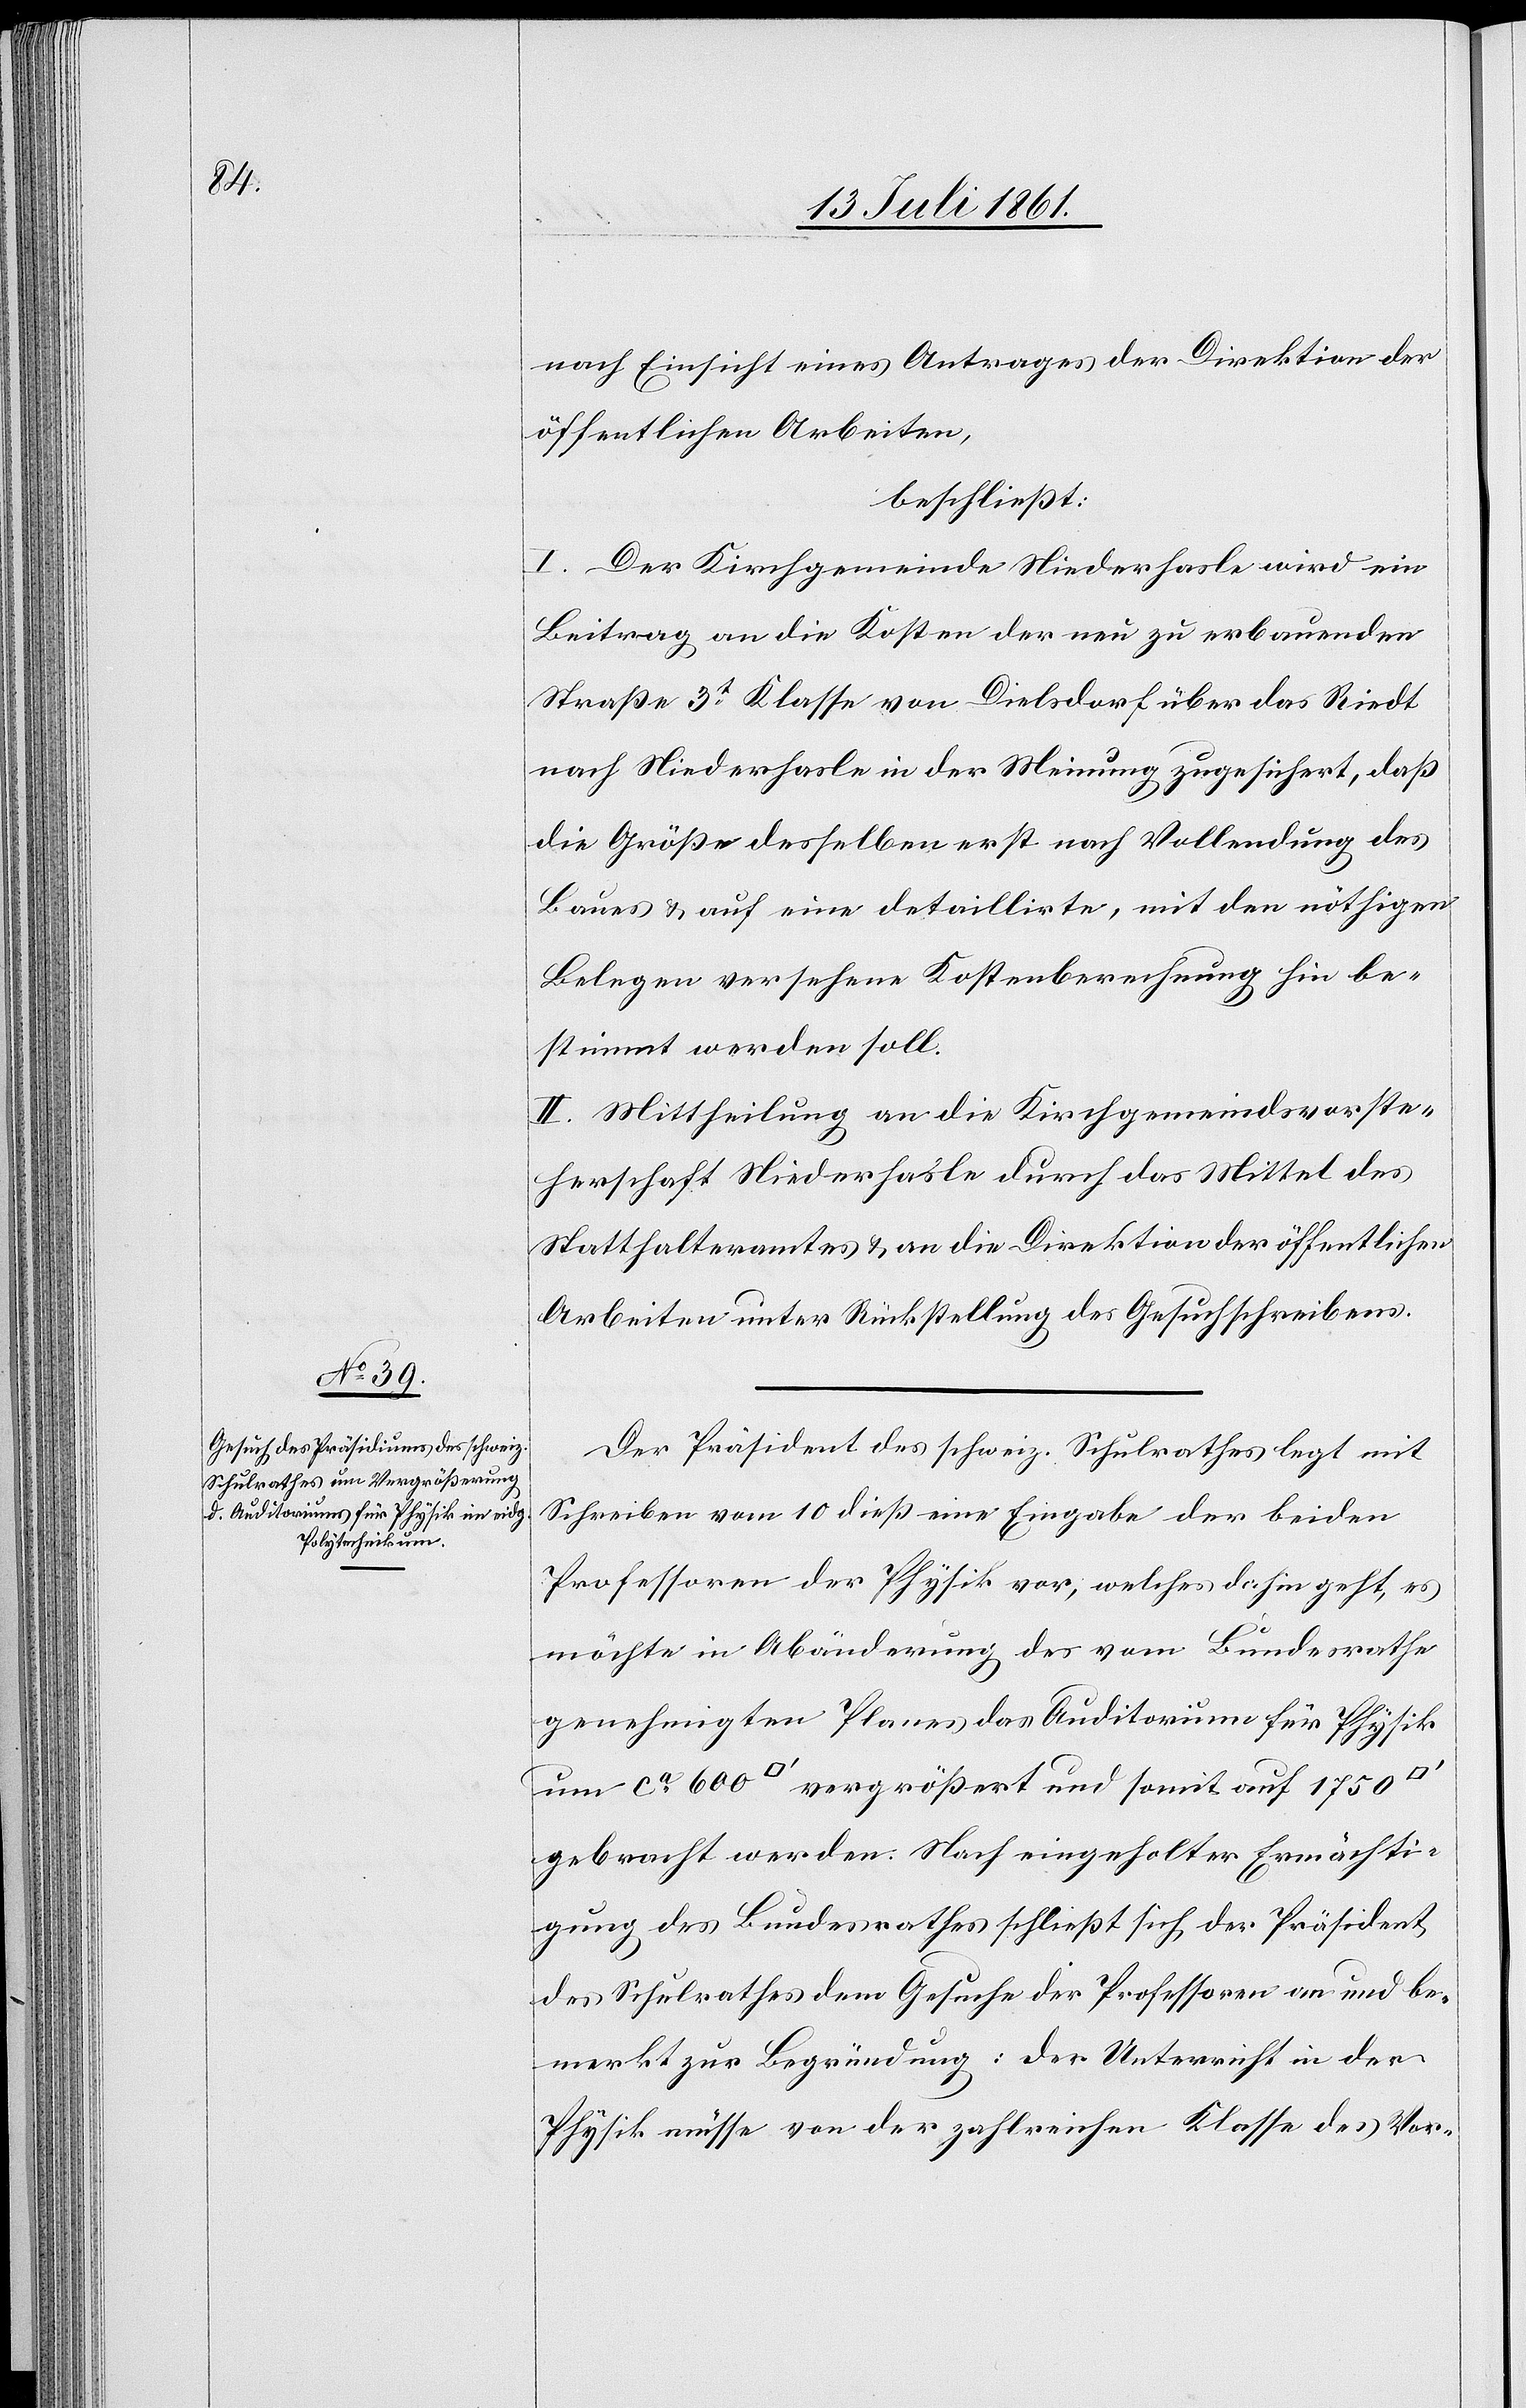
nach Einsicht eines Antrages der Direktion der
öffentlichen Arbeiten,
beschließt:
I. Der Kirchgemeinde Niederhasle wird ein
Beitrag an die Kosten der neu zu erbauenden
Straße 3t Klasse von Dielsdorf über das Riedt
nach Niederhalse in der Meinung zugesichert, daß
die Größe desselben erst nach Vollendung des
Baues u. auf eine detaillirte, mit den nöthigen
Belegen versehene Kostenberechnung hin be¬
stimmt werden soll.
II. Mittheilung an die Kirchgemeindsvorste¬
herschaft Niederhasle durch das Mittel des
Statthalteramtes u. an die Direktion der öffentlichen
Arbeiten unter Rückstellung des Gesuchschreibens.
Der Präsident des schweiz. Schulrathes legt mit
Schreiben vom 10 dieß eine Eingabe der beiden
Professoren der Physik vor, welches dahin geht, es
möchte in Abänderung des vom Bundesrathe
genehmigten Planes das Auditorium für Physik
um ca 600 [Quadratfuß] vergrößert und somit auf 1750
gebracht werden. Nach eingeholter Ermächti¬
gung des Bundesrathes schließt sich der Präsident
des Schulrathes dem Gesuche der Professoren an und be¬
merkt zur Begründung: Der Unterricht in der
Physik müsse von der zahlreichen Klasse des Vor-